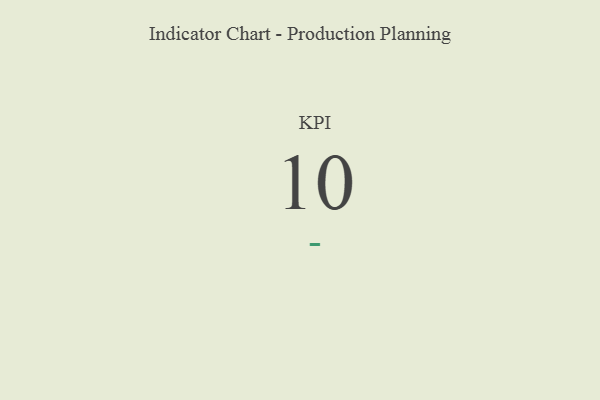
{"axis": {"x": "KPI", "y": "Value"}, "legend": [""], "data": [{"x": "KPI", "y": 10, "type": ""}]}